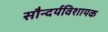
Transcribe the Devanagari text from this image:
सौन्दर्यविशायक